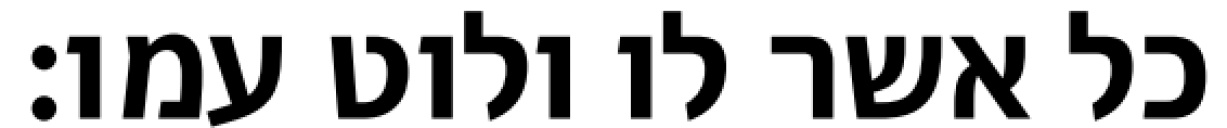
כל אשר לו ולוט עמו׃